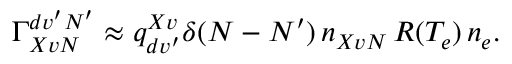
\begin{array} { r } { \Gamma _ { X v N } ^ { d v ^ { \prime } N ^ { \prime } } \approx q _ { d v ^ { \prime } } ^ { X v } \delta ( N - N ^ { \prime } ) \, n _ { X v N } \, R ( T _ { e } ) \, n _ { e } . } \end{array}